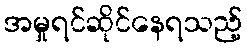
အမှုရင်ဆိုင်နေရသည့်